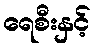
ရေစီးနှင့်